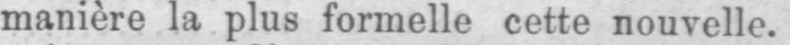
manière la plus formelle cette nouvelle.